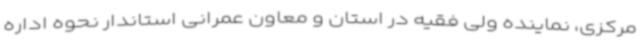
مرکزی، نماینده ولی فقیه در استان و معاون عمرانی استاندار نحوه اداره